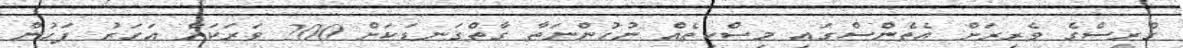
ގްރީސްގެ ވެރިރަށް އެތެންސްގައި މިސްކިތެއް ނުހުންނަތާ ގާތްގަނޑަކަށް 200 ވަރަކަށް އަހަރު ފަހުން